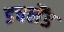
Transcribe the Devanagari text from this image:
डचलैंड